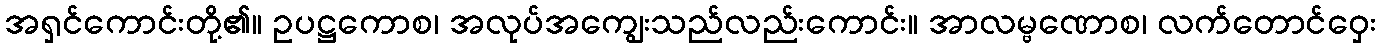
အရှင်ကောင်းတို့၏။ ဥပဋ္ဌကောစ၊ အလုပ်အကျွေးသည်လည်းကောင်း။ အာလမ္ဗဏောစ၊ လက်တောင်ဝှေး